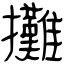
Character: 攤